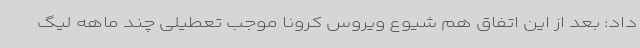
داد: بعد از این اتفاق هم شیوع ویروس کرونا موجب تعطیلی چند ماهه لیگ